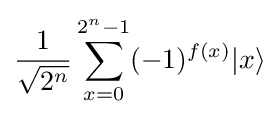
{\frac {1}{\sqrt {2^{n}}}}\sum _{x=0}^{2^{n}-1}(-1)^{f(x)}|x\rangle